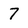
Character: 7